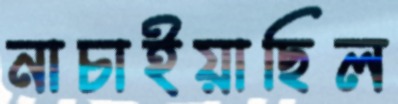
নাচাইয়াছিল